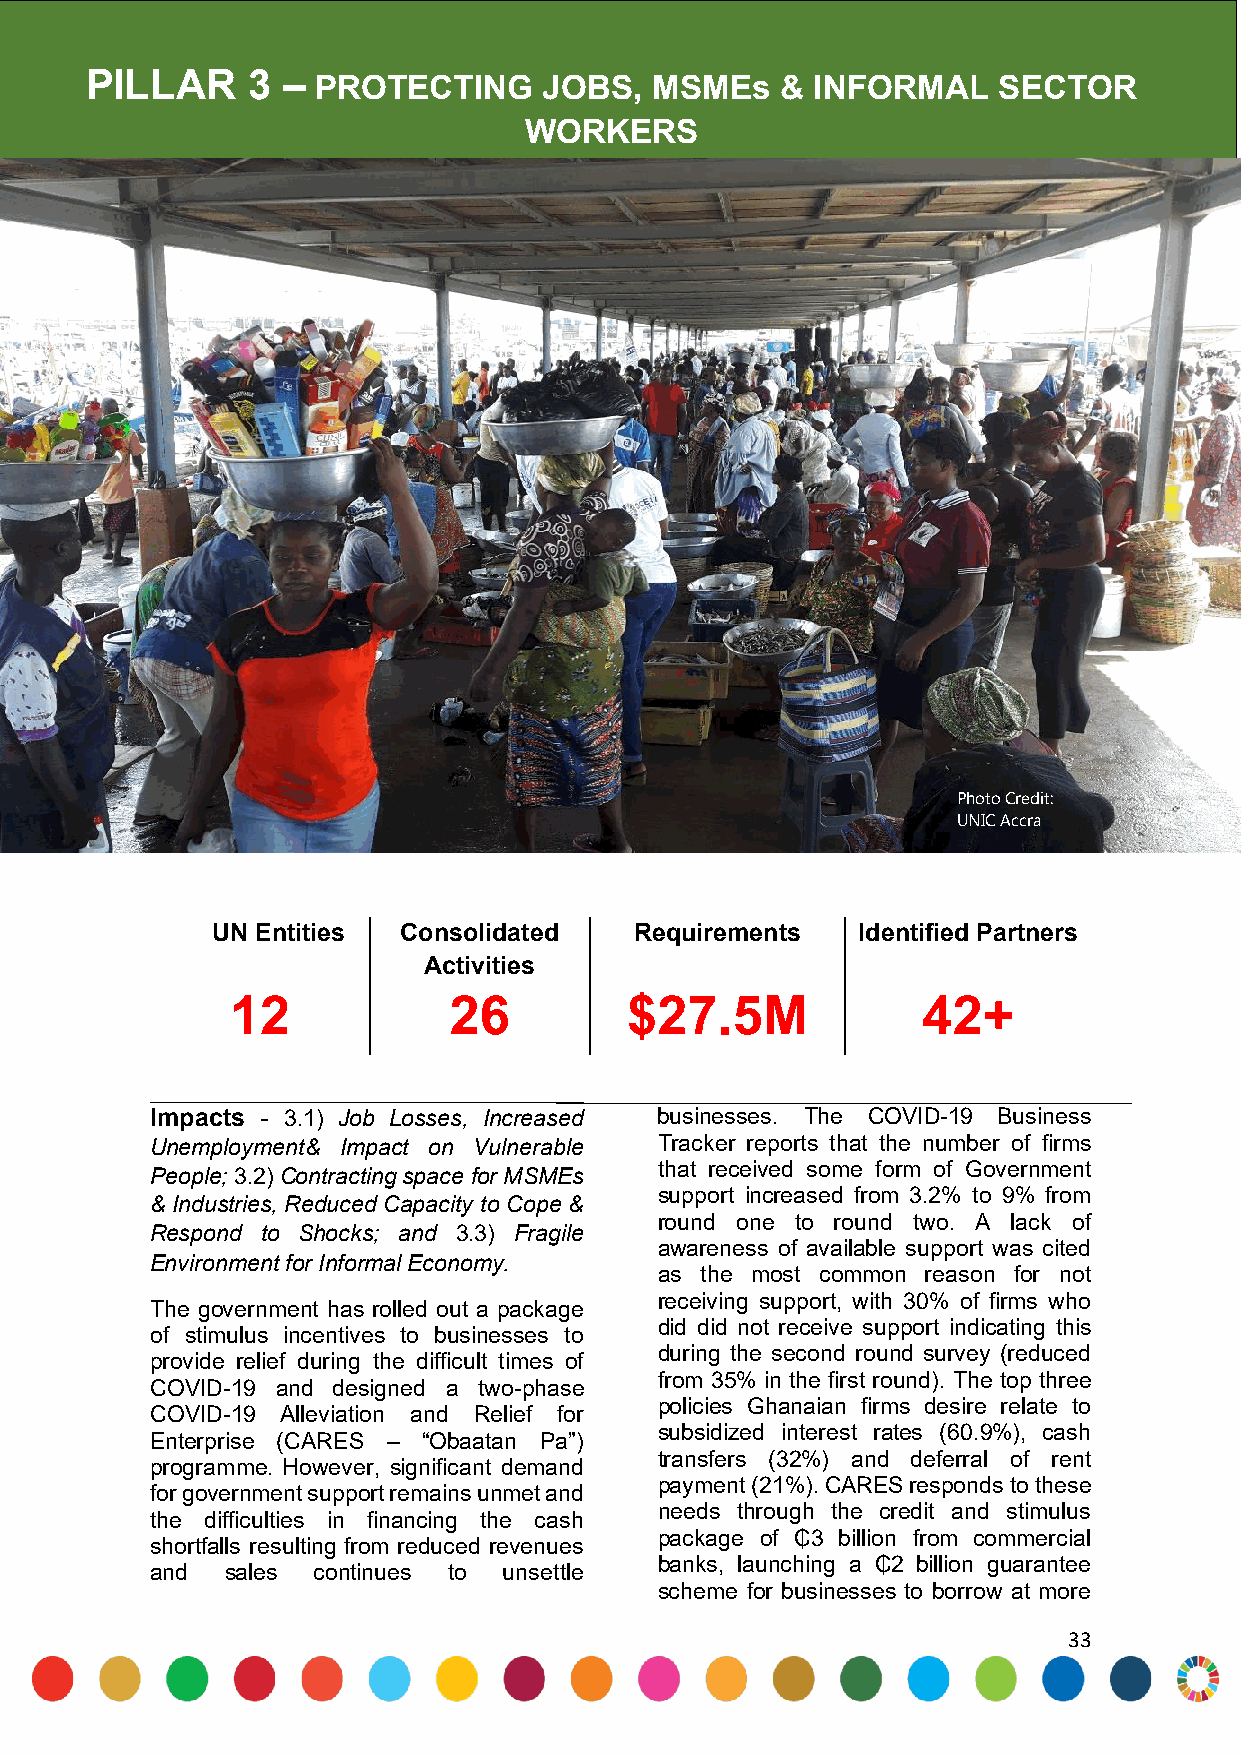
PILLAR    3  – PROTECTING     JOBS,  MSMEs    & INFORMAL    SECTOR
 WORKERS
 Photo Credit:
 UNIC Accra
 UN Entities Consolidated    Requirements   Identified Partners
 Activities
 12             26         $27.5M              42+
 Impacts - 3.1) Job Losses, Increased businesses. The COVID-19 Business
 Unemployment& Impact on Vulnerable Tracker reports that the number of firms
 that received some form of Government
 People; 3.2) Contracting space for MSMEs
 support increased from 3.2% to 9% from
 & Industries, Reduced Capacity to Cope &
 round one to round two. A lack of
 Respond to Shocks; and 3.3) Fragile
 awareness of available support was cited
 Environment for Informal Economy.
 as the most common reason for not
 receiving support, with 30% of firms who
 The government has rolled out a package
 did did not receive support indicating this
 of stimulus incentives to businesses to
 during the second round survey (reduced
 provide relief during the difficult times of
 from 35% in the first round). The top three
 COVID-19 and designed a two-phase
 policies Ghanaian firms desire relate to
 COVID-19 Alleviation and Relief for
 subsidized interest rates (60.9%), cash
 Enterprise (CARES – “Obaatan Pa”)
 transfers (32%) and deferral of rent
 programme. However, significant demand
 payment (21%). CARES responds to these
 for government support remains unmet and
 needs through the credit and stimulus
 the difficulties in financing the cash
 package of ₵3 billion from commercial
 shortfalls resulting from reduced revenues
 banks, launching a ₵2 billion guarantee
 and  sales continues to unsettle
 scheme for businesses to borrow at more
 33